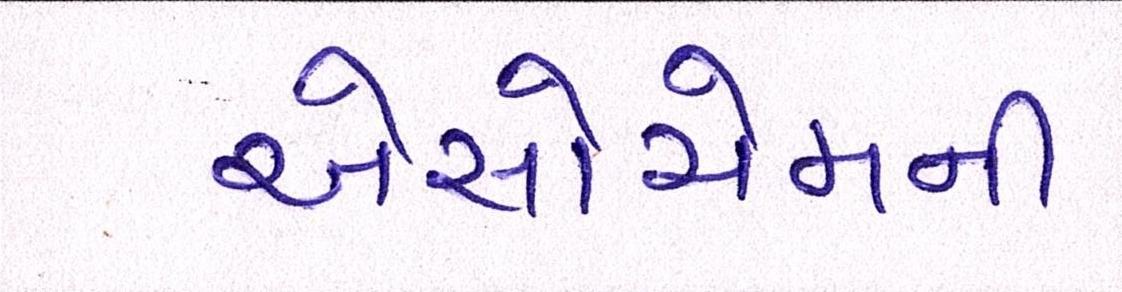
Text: એસોચેમની